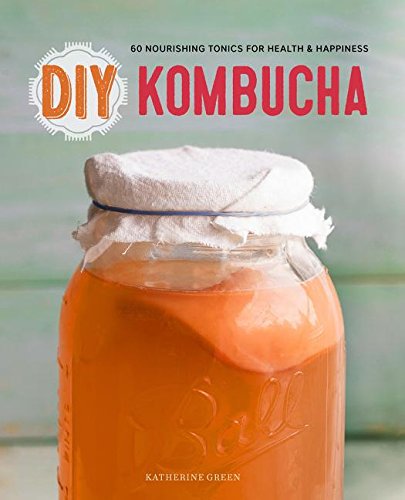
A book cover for DIY Kombucha: 60 Nourishing Homemade Tonics for Health and Happiness; Rockridge Press; Cookbooks, Food & Wine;